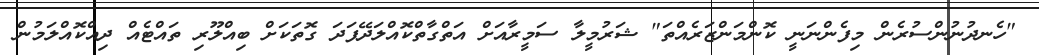
"ހެނދުނުންސުރެން މިފެންނަނީ ކޮންމަންޒަރެއްތަ" ޝަރުމީލާ ސަމީރާއަށް އަތްގާތްކޮއްލަދޭފަދަ ގޮތަކަށް ބިއްލޫރި ތައްޓެއް ދިއްކޮއްލަމުން